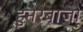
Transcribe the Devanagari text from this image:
हुनरबाजो